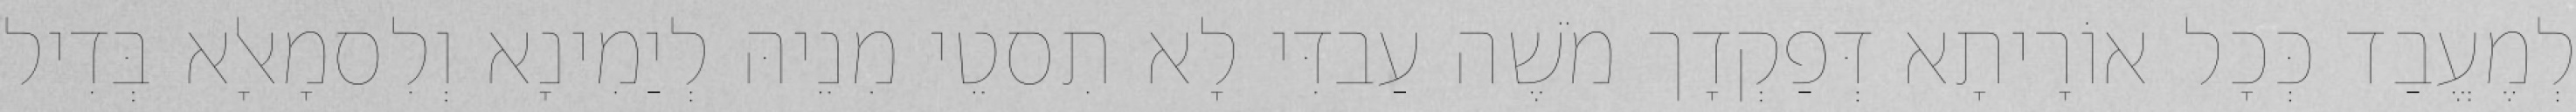
לְמֶעֱבַד כְּכָל אוֹרָיתָא דְּפַקְדָך מֹשֶׁה עַבדִּי לָא תִסטֵי מִנֵיהּ לְיַמִינָא וְלִסמָאלָא בְּדִיל